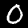
Digit: 0